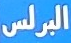
البرلس